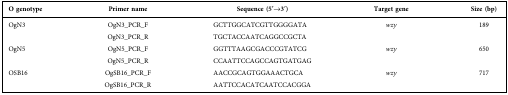
<table><thead><tr><td><b>O genotype</b></td><td><b>Primer name</b></td><td><b>Sequence (5′→3′)</b></td><td><b>Target gene</b></td><td><b>Size (bp)</b></td></tr></thead><tbody><tr><td>OgN3</td><td>OgN3_PCR_F</td><td>GCTTGGCATCGTTGGGGATA</td><td><i>wzy</i></td><td>189</td></tr><tr><td></td><td>OgN3_PCR_R</td><td>TGCTACCAATCAGGCCGCTA</td><td></td><td></td></tr><tr><td>OgN5</td><td>OgN5_PCR_F</td><td>GGTTTAAGCGACCCGTATCG</td><td><i>wzy</i></td><td>650</td></tr><tr><td></td><td>OgN5_PCR_R</td><td>CCAATTCCAGCCAGTGATGAG</td><td></td><td></td></tr><tr><td>OSB16</td><td>OgSB16_PCR_F</td><td>AACCGCAGTGGAAACTGCA</td><td><i>wzy</i></td><td>717</td></tr><tr><td></td><td>OgSB16_PCR_R</td><td>AATTCCACATCAATCCACGGA</td><td></td><td></td></tr></tbody></table>